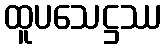
ထူပသေဋ္ဌဿ